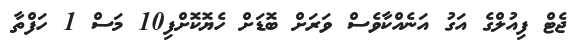
ޖެޓް ފިއުލްގެ އަގު އަނެއްކާވެސް ވަރަށް ބޮޑަށް ހެޔޮކޮށްފި10 މަސް 1 ހަފްތާ